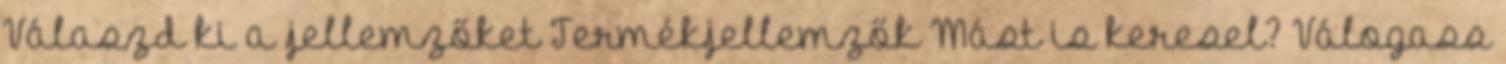
Válaszd ki a jellemzőket Termékjellemzők Mást is keresel? Válogass